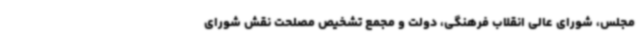
مجلس، شورای عالی انقلاب فرهنگی، دولت و مجمع تشخیص مصلحت نقش شورای